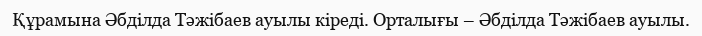
Құрамына Әбділда Тәжібаев ауылы кіреді. Орталығы – Әбділда Тәжібаев ауылы.